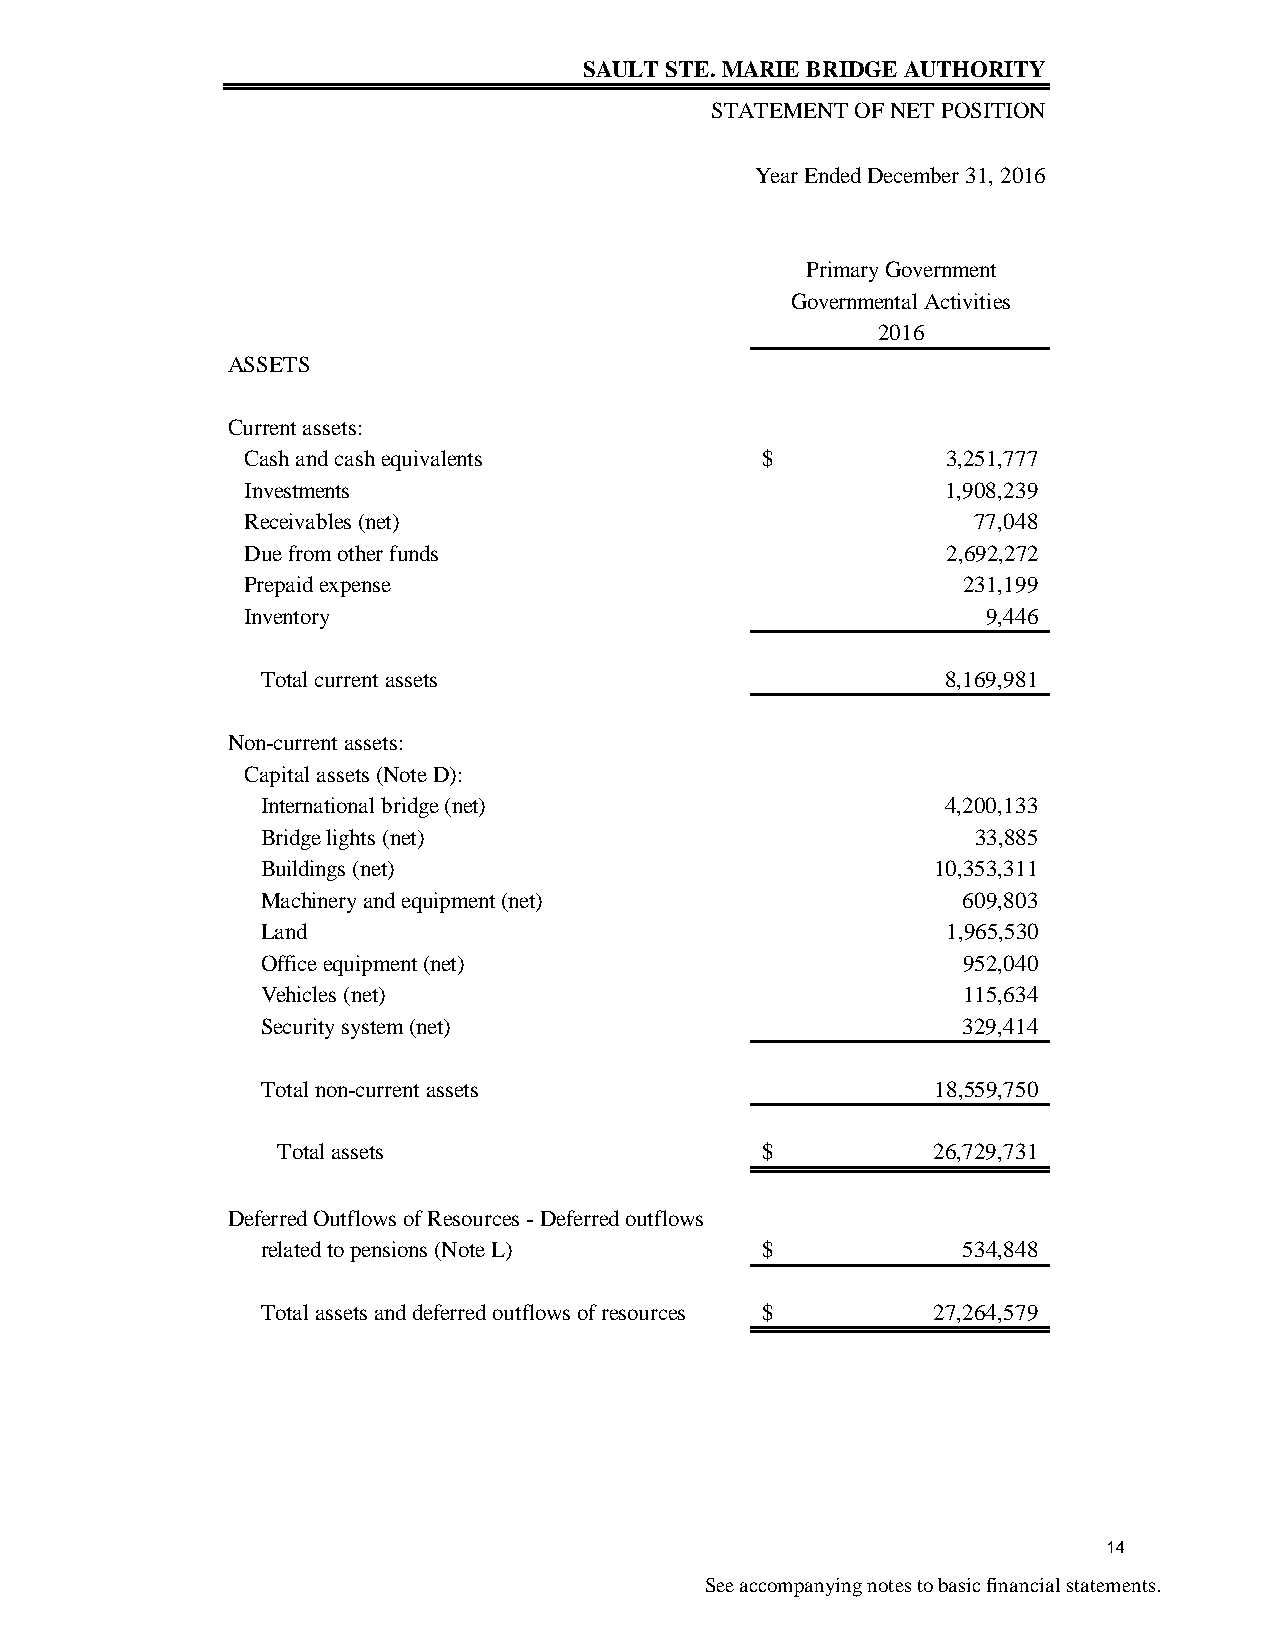
SAULT STE. MARIE BRIDGE AUTHORITY
 STATEMENT OF NET POSITION
 Year Ended December 31, 2016
 Primary Government
 Governmental Activities
 2016
 ASSETS
 Current assets:
 Cash and cash equivalents         $            3,251,777
 Investments                                    1,908,239
 Receivables (net)                                77,048
 Due from other funds                           2,692,272
 Prepaid expense                                 231,199
 Inventory                                        9,446
 Total current assets                          8,169,981
 Non-current assets:
 Capital assets (Note D):
 International bridge (net)                    4,200,133
 Bridge lights (net)                             33,885
 Buildings (net)                              10,353,311
 Machinery and equipment (net)                  609,803
 Land                                          1,965,530
 Office equipment (net)                         952,040
 Vehicles (net)                                 115,634
 Security system (net)                          329,414
 Total non-current assets                     18,559,750
 Total assets                    $           26,729,731
 Deferred Outflows of Resources - Deferred outflows
 related to pensions (Note L)     $             534,848
 Total assets and deferred outflows of resources $ 27,264,579
 14
 See accompanying notes to basic financial statements.